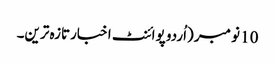
10 نومبر (اُردو پوائنٹ اخبارتازہ ترین۔